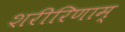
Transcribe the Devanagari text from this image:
शरीरिणाम्